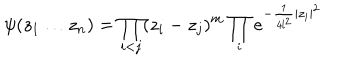
\psi ( z _ { 1 } \ldots z _ { n } ) = \prod _ { i < j } ( z _ { i } - z _ { j } ) ^ { m } \prod _ { i } e ^ { - \frac { 1 } { 4 l ^ { 2 } } | z _ { i } | ^ { 2 } }